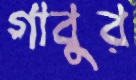
গাবুর